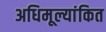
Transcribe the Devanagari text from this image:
अधिमूल्यांकित